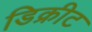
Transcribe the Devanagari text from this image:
डिक्रीट